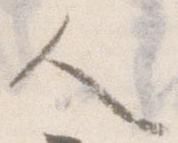
人